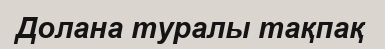
Долана туралы тақпақ